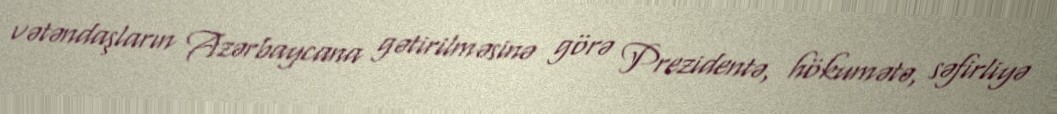
vətəndaşların Azərbaycana gətirilməsinə görə Prezidentə, hökumətə, səfirliyə